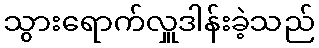
သွားရောက်လှူဒါန်းခဲ့သည်